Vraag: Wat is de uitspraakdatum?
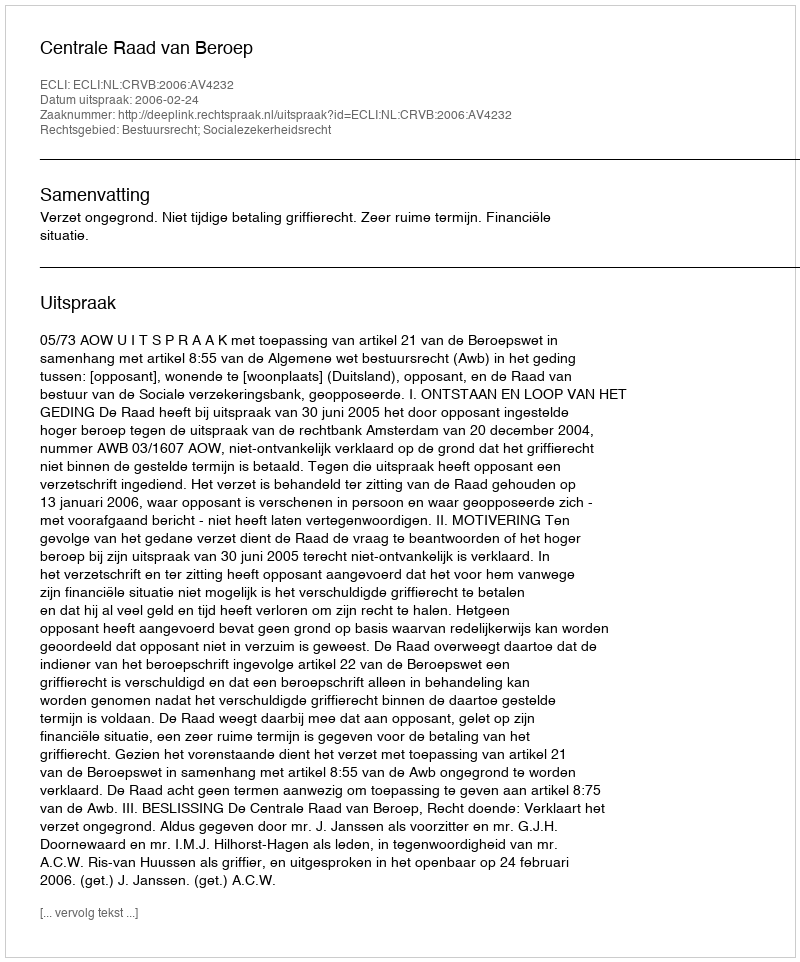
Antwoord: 2006-02-24